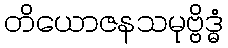
တိယောဇနသမုဗ္ဗိဒ္ဓံ